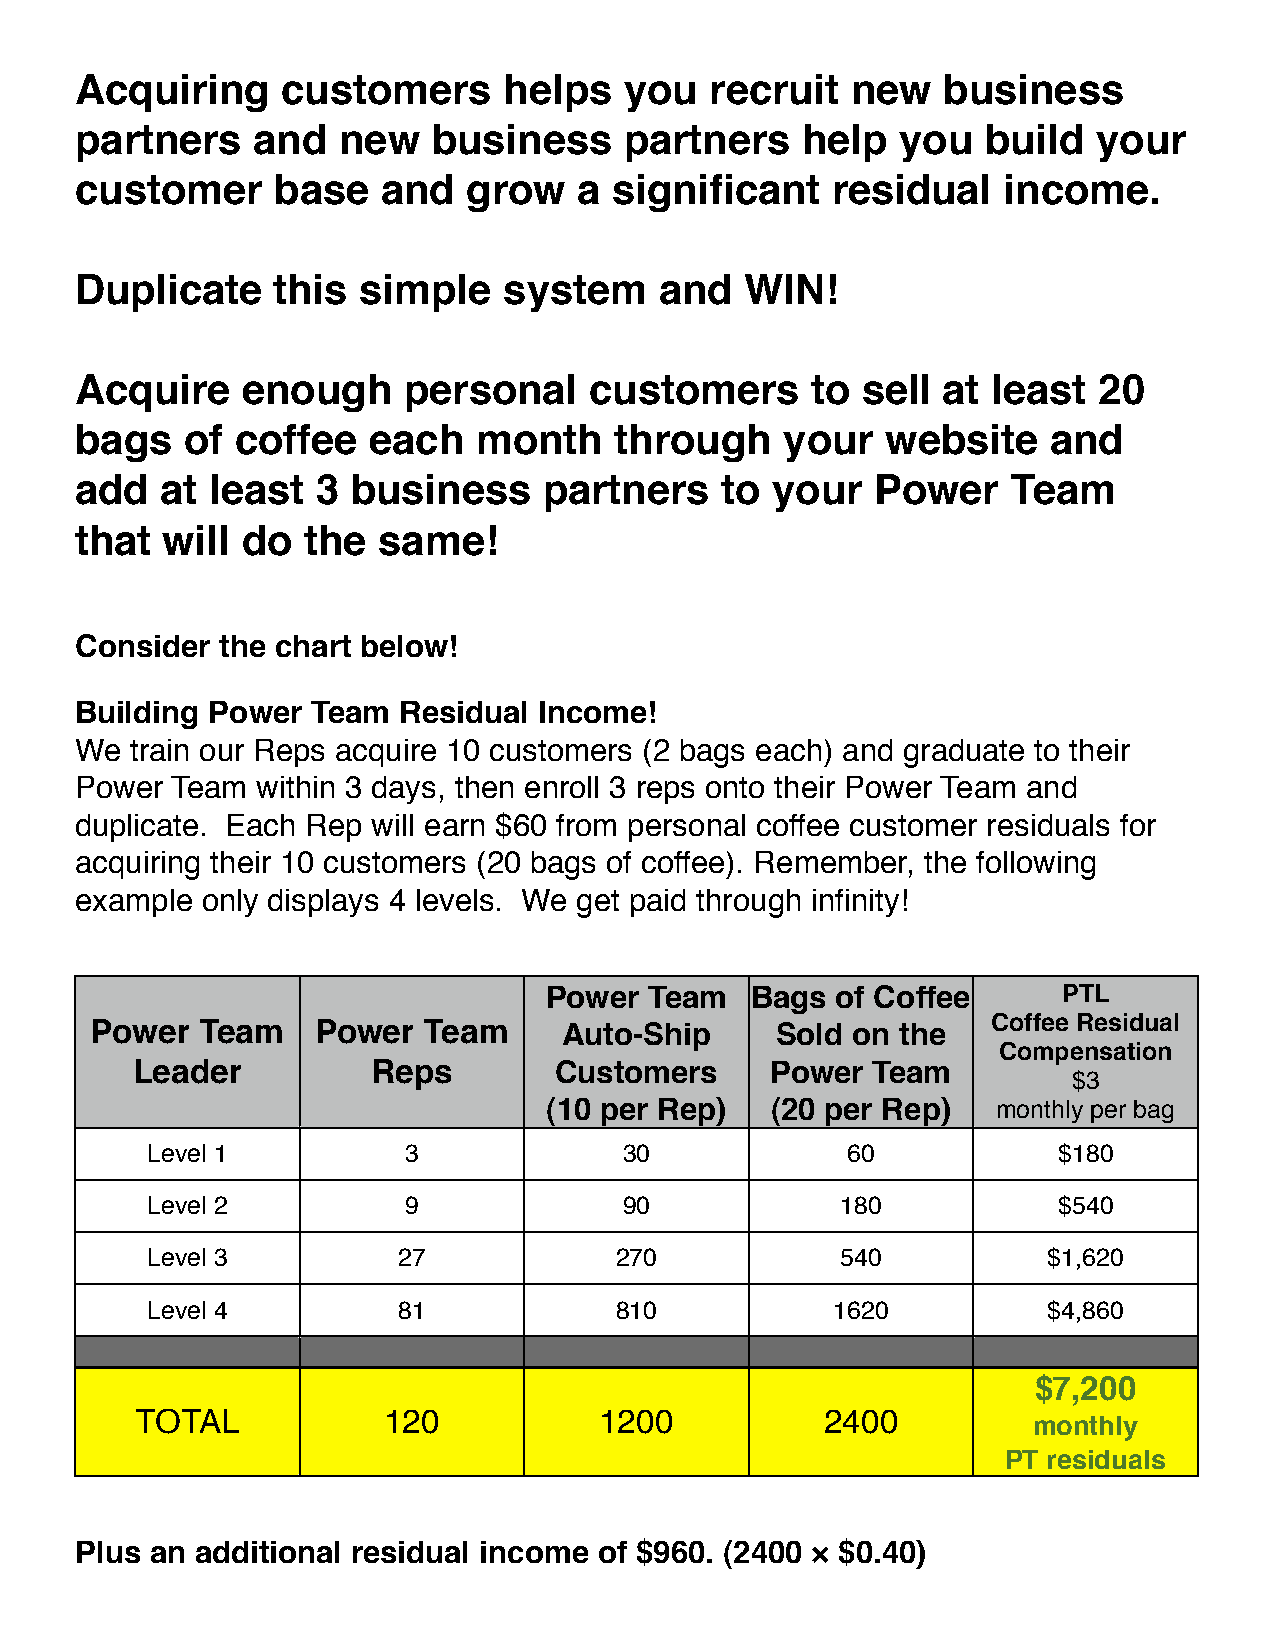
Acquiring     customers     helps   you   recruit  new   business
 partners    and  new    business    partners    help   you  build   your
 customer     base   and   grow   a  significant   residual   income.
 Duplicate    this  simple   system     and  WIN!
 Acquire    enough     personal    customers      to sell at  least  20
 bags   of  coffee  each   month     through    your   website   and
 add   at least  3 business     partners    to your   Power    Team
 that  will do  the  same!
 Consider  the chart below!
 Building Power  Team Residual  Income!
 We  train our Reps acquire 10 customers (2 bags each) and graduate to their
 Power Team  within 3 days, then enroll 3 reps onto their Power Team and
 duplicate. Each Rep will earn $60 from personal coffee customer residuals for
 acquiring their 10 customers (20 bags of coffee). Remember, the following
 example only displays 4 levels. We get paid through infinity!
 Power  Team   Bags of Coffee      PTL
 Power  Team    Power  Team     Auto-Ship     Sold on  the   Coffee Residual
 Compensation
 Leader          Reps        Customers     Power  Team
 $3
 (10 per Rep)   (20 per Rep)   monthly per bag
 Level 1          3             30             60            $180
 Level 2          9             90             180           $540
 Level 3         27             270            540          $1,620
 Level 4         81             810           1620          $4,860
 $7,200
 TOTAL           120            1200           2400
 monthly
 PT residuals
 Plus an additional residual income of $960. (2400 × $0.40)